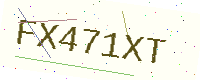
Text: FX471XT